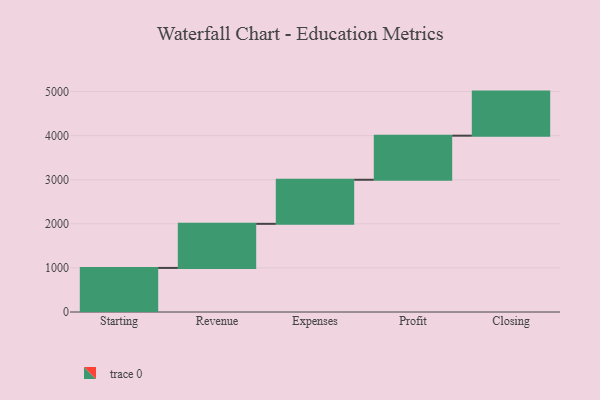
{"axis": {"x": "Step", "y": "Value"}, "legend": [""], "data": [{"x": "Starting", "y": 1000, "type": ""}, {"x": "Revenue", "y": 1000, "type": ""}, {"x": "Expenses", "y": 1000, "type": ""}, {"x": "Profit", "y": 1000, "type": ""}, {"x": "Closing", "y": 1000, "type": ""}]}